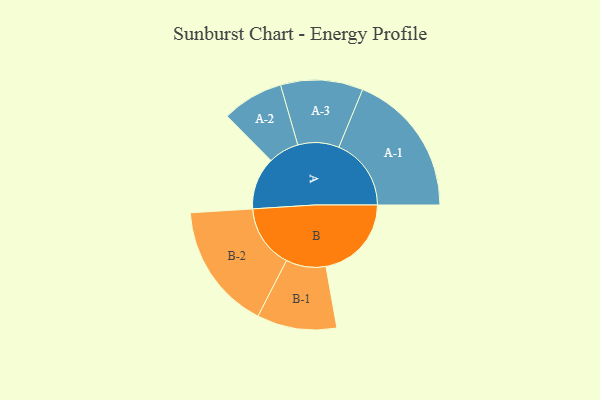
{"axis": {"x": "Segment", "y": "Value"}, "legend": ["", "A", "B"], "data": [{"x": "A", "y": 211, "type": ""}, {"x": "B", "y": 345, "type": ""}, {"x": "A-1", "y": 292, "type": "A"}, {"x": "A-2", "y": 124, "type": "A"}, {"x": "A-3", "y": 166, "type": "A"}, {"x": "B-1", "y": 161, "type": "B"}, {"x": "B-2", "y": 256, "type": "B"}]}